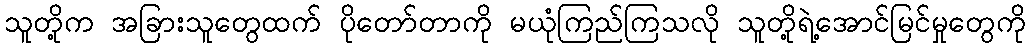
သူတို့က အခြားသူတွေထက် ပိုတော်တာကို မယုံကြည်ကြသလို သူတို့ရဲ့အောင်မြင်မှုတွေကို